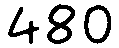
480